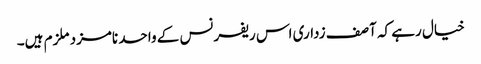
خیال رہے کہ آصف زداری اس ریفرنس کے واحد نامزد ملزم ہیں۔